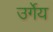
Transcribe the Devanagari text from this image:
उर्गेय